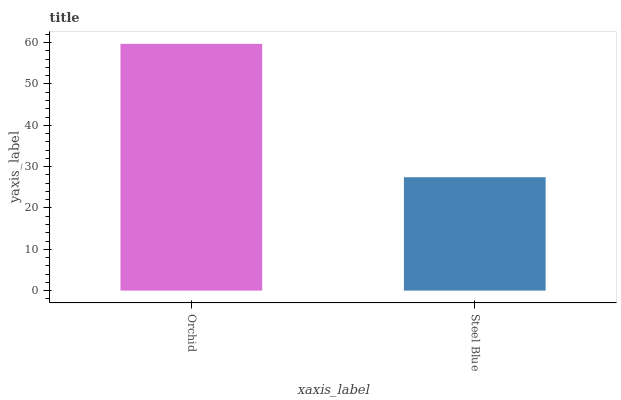
| xaxis_label | bars |
 | --- | --- |
 | Orchid | 59.7 |
 | Steel Blue | 27.4 |